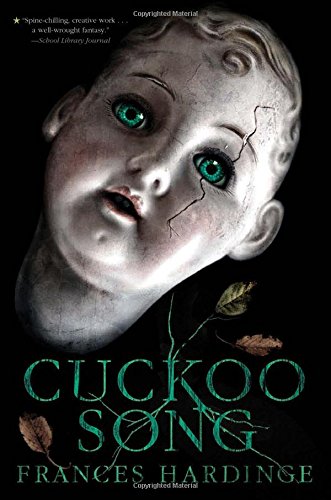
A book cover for Cuckoo Song; Frances Hardinge; Teen & Young Adult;